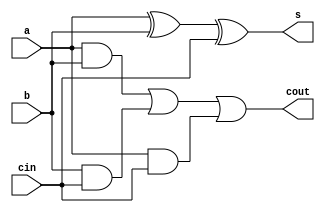
module FA(a, b, cin, s, cout);
    input a, b, cin;
    output s, cout;

    // S
    assign s = a ^ b ^ cin;
    // Cout
    assign cout = (a & b) | (b & cin) | (a & cin);
    
endmodule